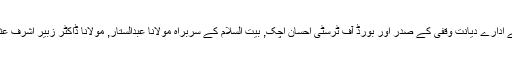
تقریب میں ترک وزارت مذہبی امور کے ادارے دیانت وقفی کے صدر اور بورڈ آف ٹرسٹی احسان اچک, بیت السلام کے سربراہ مولانا عبدالستار, مولانا ڈاکٹر زبیر اشرف عثمانی, وزیر زویری نے بھی خطاب کیا۔